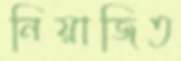
নিয়াজিত